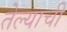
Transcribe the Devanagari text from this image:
तेल्याची